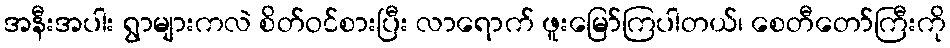
အနီးအပါး ရွာများကလဲ စိတ်ဝင်စားပြီး လာရောက် ဖူးမြော်ကြပါတယ်၊ စေတီတော်ကြီးကို